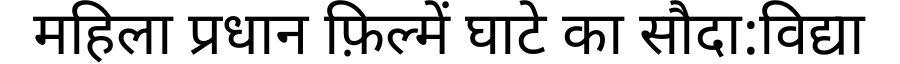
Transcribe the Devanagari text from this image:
महिला प्रधान फ़िल्में घाटे का सौदा:विद्या